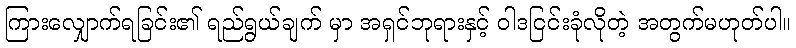
ကြားလျှောက်ရခြင်း၏ ရည်ရွယ်ချက် မှာ အရှင်ဘုရားနှင့် ဝါဒငြင်းခုံလိုတဲ့ အတွက်မဟုတ်ပါ။